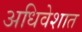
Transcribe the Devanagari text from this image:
अधिवेशात